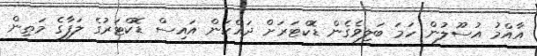
އާއްމު އުސޫލުން ހަމަ ބަލިވެގެން ޑޮކްޓަރަށް ދައްކަން އައިސް ޑޮކްޓަރުގެ ލަފާގެ މަތިން